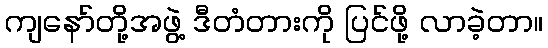
ကျနော်တို့အဖွဲ့ ဒီတံတားကို ပြင်ဖို့ လာခဲ့တာ။